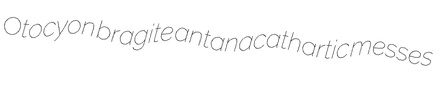
Otocyon bragite antanacathartic messes